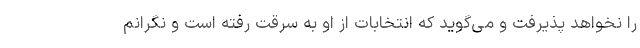
را نخواهد پذیرفت و می‌گوید که انتخابات از او به سرقت رفته است و نگرانم